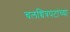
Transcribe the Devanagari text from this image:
चलच्चित्रपटांच्या